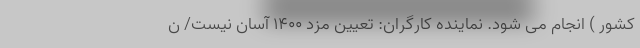
کشور ) انجام می شود. نماینده کارگران: تعیین مزد ۱۴۰۰ آسان نیست/ ن